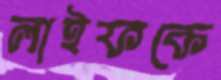
লাইফকে